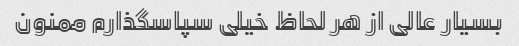
بسیار عالی از هر لحاظ خیلی سپاسگذارم ممنون